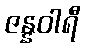
ဇန္နဝါရီ